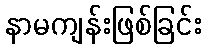
နာမကျန်းဖြစ်ခြင်း